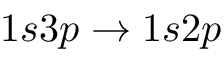
1 s 3 p \to 1 s 2 p